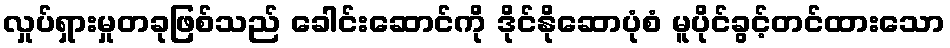
လှုပ်ရှားမှုတခုဖြစ်သည် ခေါင်းဆောင်ကို ဒိုင်နိုဆောပုံစံ မူပိုင်ခွင့်တင်ထားသော